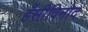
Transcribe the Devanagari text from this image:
हँसीविनोद